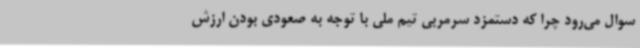
سوال می‌رود چرا که دستمزد سرمربی تیم ملی با توجه به صعودی بودن ارزش